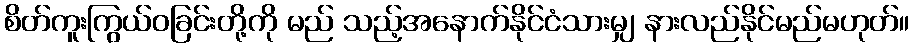
စိတ်ကူးကြွယ်ဝခြင်းတို့ကို မည် သည့်အနောက်နိုင်ငံသားမျှ နားလည်နိုင်မည်မဟုတ်။